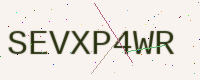
Text: SEVXP4WR